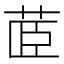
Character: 𮎼